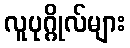
လူပုဂ္ဂိုလ်များ